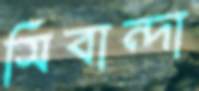
সিবান্দা